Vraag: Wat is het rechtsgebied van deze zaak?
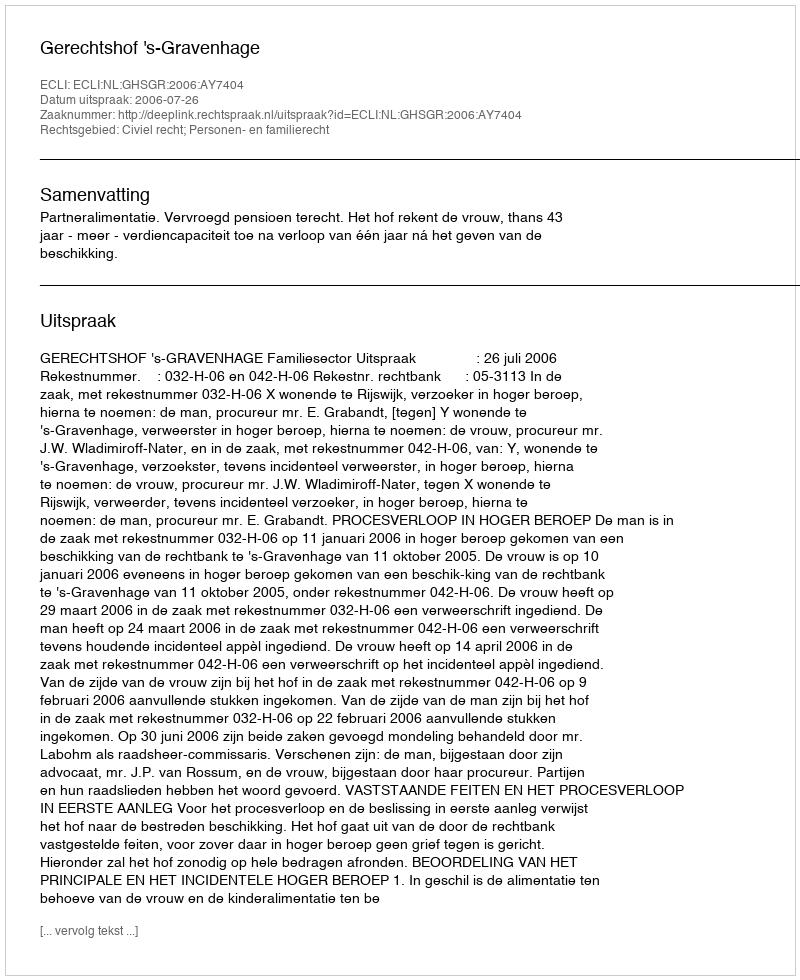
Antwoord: Civiel recht; Personen- en familierecht